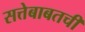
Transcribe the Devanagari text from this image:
सत्तेबाबतची